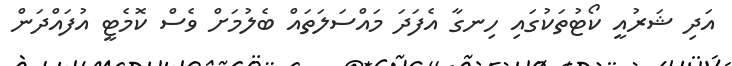
އަދި ޝަރުއީ ކޯޓުތަކުގައި ހިނގާ އެފަދަ މައްސަލަތައް ބެލުމަށް ވެސް ކޮމެޓީ އުފައްދަން